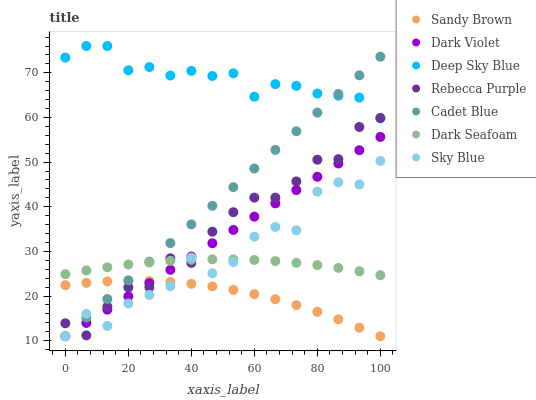
| xaxis_label | Sandy Brown | Dark Violet | Deep Sky Blue | Rebecca Purple | Cadet Blue | Dark Seafoam | Sky Blue |
 | --- | --- | --- | --- | --- | --- | --- | --- |
 | 0 | 22.4 | 11 | 73.4 | 13.9 | 11 | 24.9 | 11 |
 | 6.67 | 23 | 14 | 76 | 11.2 | 15.2 | 25.7 | 16 |
 | 13.3 | 23.3 | 17 | 76 | 17.6 | 19.3 | 26.5 | 13.3 |
 | 20 | 23.4 | 19.9 | 70.6 | 21.9 | 23.5 | 27.1 | 18.3 |
 | 26.7 | 23.4 | 22.9 | 71.3 | 22 | 27.7 | 27.5 | 20.2 |
 | 33.3 | 23.2 | 25.9 | 69.4 | 28.5 | 31.9 | 27.9 | 22.2 |
 | 40 | 22.7 | 28.9 | 70.4 | 27.4 | 36 | 28.1 | 28.6 |
 | 46.7 | 22.2 | 31.8 | 69.3 | 34.4 | 40.2 | 28.2 | 25.1 |
 | 53.3 | 21.4 | 34.8 | 69.9 | 38.8 | 44.4 | 28.2 | 27.6 |
 | 60 | 20.4 | 37.8 | 64.6 | 42 | 48.6 | 28.1 | 33.3 |
 | 66.7 | 19.3 | 40.8 | 67.5 | 42 | 52.7 | 27.8 | 35.5 |
 | 73.3 | 18 | 43.7 | 67.1 | 45.7 | 56.9 | 27.4 | 34.7 |
 | 80 | 16.5 | 46.7 | 65.4 | 50.5 | 61.1 | 26.9 | 43.4 |
 | 86.7 | 14.8 | 49.7 | 64.9 | 50.7 | 65.3 | 26.3 | 45.5 |
 | 93.3 | 12.9 | 52.7 | 64.5 | 57.9 | 69.4 | 25.6 | 45 |
 | 100 | 11 | 55.6 | 59.8 | 59.9 | 73.6 | 24.7 | 50.3 |